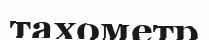
тахометр